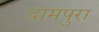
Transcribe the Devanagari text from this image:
दामपुरा